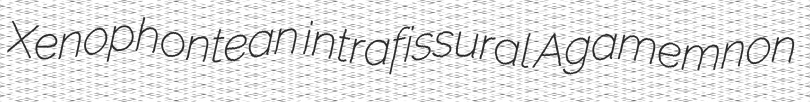
Xenophontean intrafissural Agamemnon